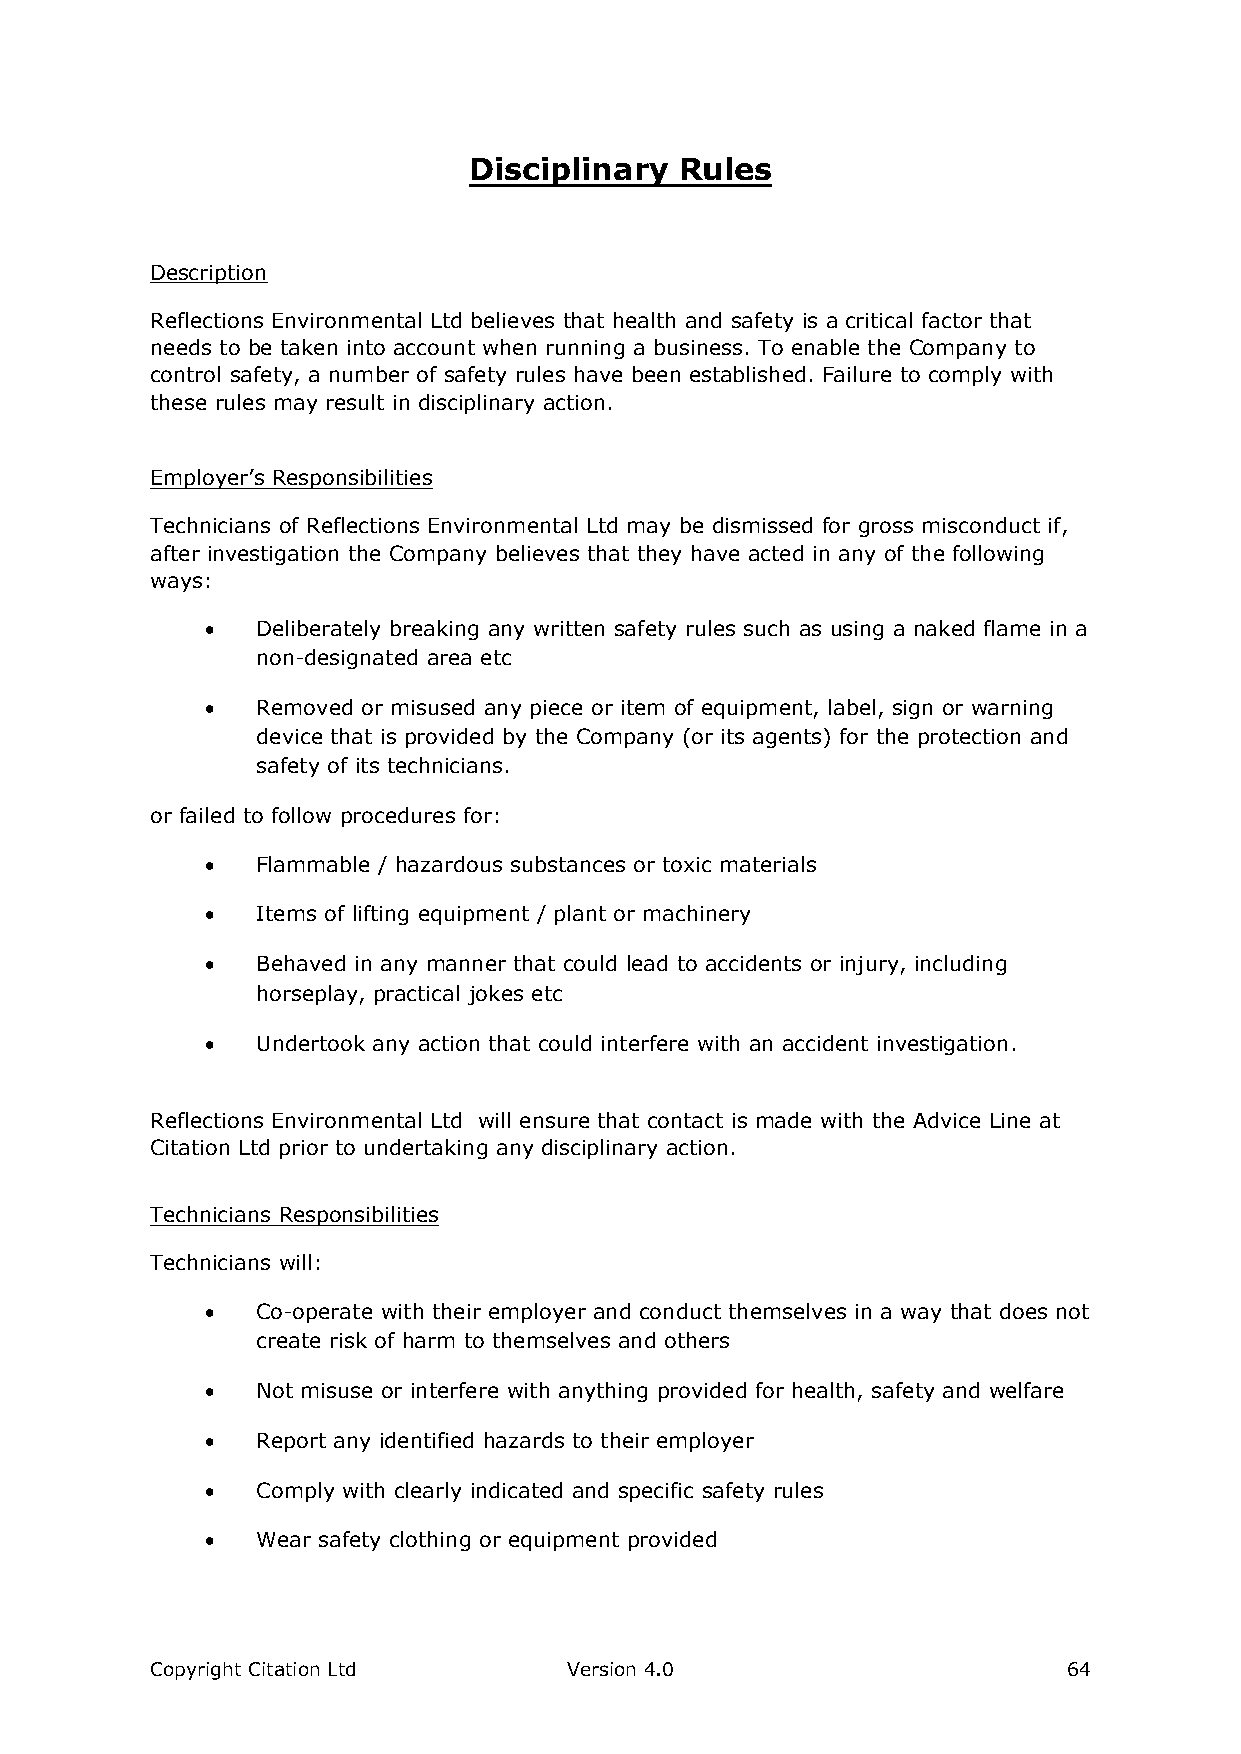
Disciplinary  Rules
 Description
 Reflections Environmental Ltd believes that health and safety is a critical factor that
 needs to be taken into account when running a business. To enable the Company to
 control safety, a number of safety rules have been established. Failure to comply with
 these rules may result in disciplinary action.
 Employer’s Responsibilities
 Technicians of Reflections Environmental Ltd may be dismissed for gross misconduct if,
 after investigation the Company believes that they have acted in any of the following
 ways:
   Deliberately breaking any written safety rules such as using a naked flame in a
 non-designated area etc
   Removed or misused any piece or item of equipment, label, sign or warning
 device that is provided by the Company (or its agents) for the protection and
 safety of its technicians.
 or failed to follow procedures for:
   Flammable / hazardous substances or toxic materials
   Items of lifting equipment / plant or machinery
   Behaved in any manner that could lead to accidents or injury, including
 horseplay, practical jokes etc
   Undertook any action that could interfere with an accident investigation.
 Reflections Environmental Ltd will ensure that contact is made with the Advice Line at
 Citation Ltd prior to undertaking any disciplinary action.
 Technicians Responsibilities
 Technicians will:
   Co-operate with their employer and conduct themselves in a way that does not
 create risk of harm to themselves and others
   Not misuse or interfere with anything provided for health, safety and welfare
   Report any identified hazards to their employer
   Comply with clearly indicated and specific safety rules
   Wear safety clothing or equipment provided
 Copyright Citation Ltd      Version 4.0                      64